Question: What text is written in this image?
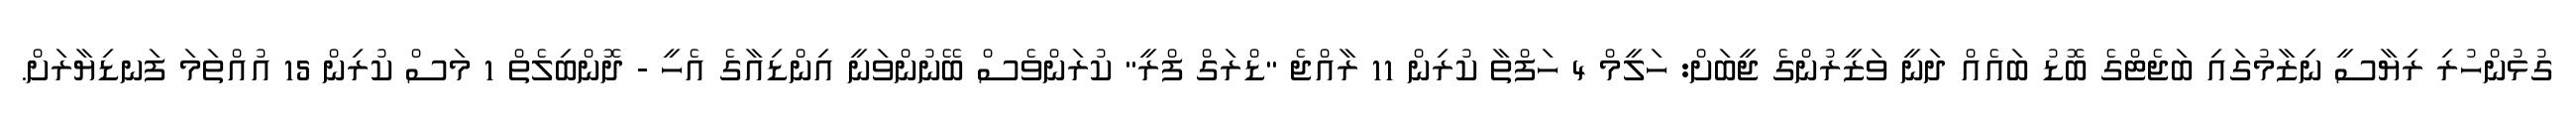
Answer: ގުޅުންހުރި ރިޔާސީ ނިޒާމުގައި ބަޖެޓްގެ ބޮޑު ބައެއް ދަނީ ވަޒީރުންގެ ޖީބަށް: ހަލީމް 4 ހަފްތާ ކުރިން 11 ރާއްޖެ "ޑްރަގް ފްރީ" ކުރަންވެސް ބޭނުންވަނީ އިންޑިއާގެ އެހީ - ދޮންބިލެތް 1 މަސް ކުރިން 15 އުއްތަމަ ފަނޑިޔާރަށް.